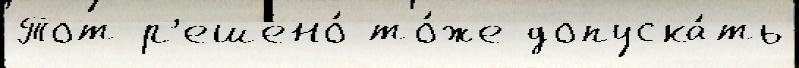
Тот р'ешено́ то́же допуска́ть